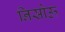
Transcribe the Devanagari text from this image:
निसोऊ